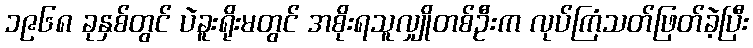
၁၉၆၈ ခုနှစ်တွင် ပဲခူးရိုးမတွင် အစိုးရသူလျှိုတစ်ဦးက လုပ်ကြံသတ်ဖြတ်ခဲ့ပြီး